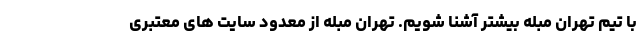
با تیم تهران مبله بیشتر آشنا شویم. تهران مبله از معدود سایت های معتبری